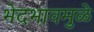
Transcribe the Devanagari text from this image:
भेदभावमुळे